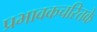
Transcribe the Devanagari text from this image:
प्रभावकचरितके